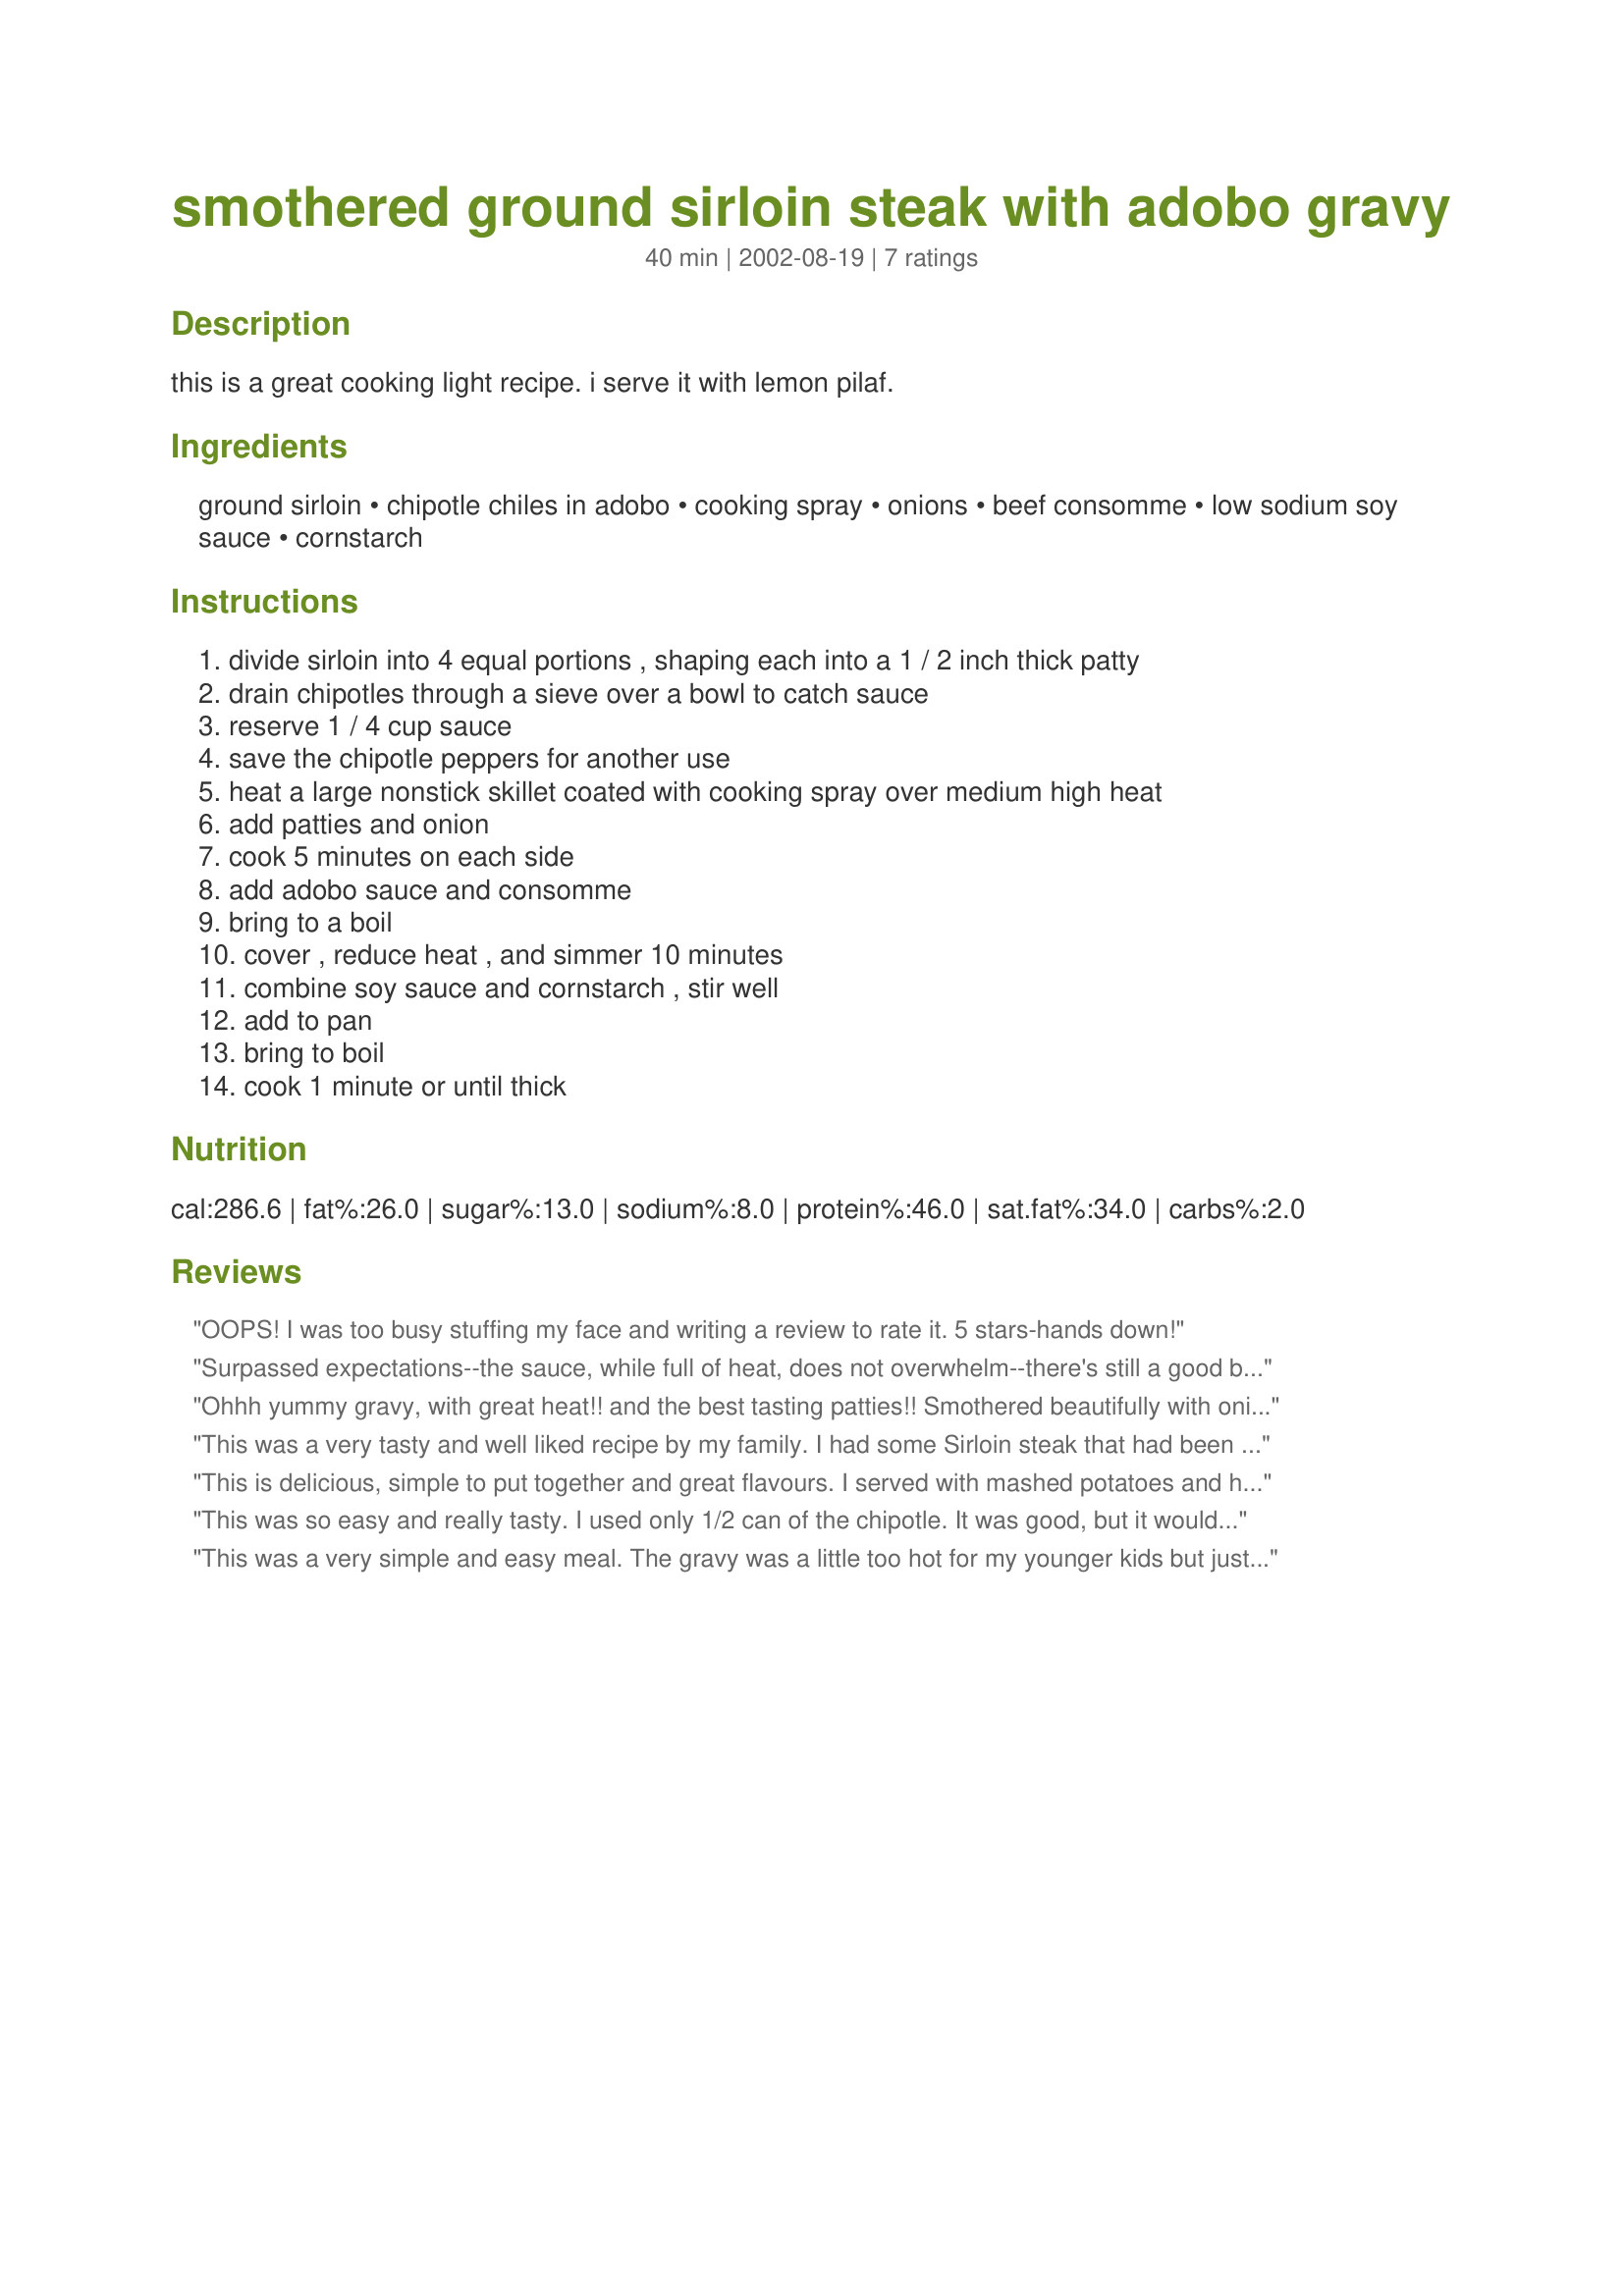
smothered ground sirloin steak with adobo gravy
Preparation time: 40 minutes

this is a great cooking light recipe. i serve it with lemon pilaf.

Ingredients:
ground sirloin, chipotle chiles in adobo, cooking spray, onions, beef consomme, low sodium soy sauce, cornstarch

Steps:
divide sirloin into 4 equal portions , shaping each into a 1 / 2 inch thick patty
drain chipotles through a sieve over a bowl to catch sauce
reserve 1 / 4 cup sauce
save the chipotle peppers for another use
heat a large nonstick skillet coated with cooking spray over medium high heat
add patties and onion
cook 5 minutes on each side
add adobo sauce and consomme
bring to a boil
cover , reduce heat , and simmer 10 minutes
combine soy sauce and cornstarch , stir well
add to pan
bring to boil
cook 1 minute or until thick

Reviews:
OOPS! I was too busy stuffing my face and writing a review to rate it. 5 stars-hands down!
Surpassed expectations--the sauce, while full of heat, does not overwhelm--there's still a good beef flavor. The onions which get slightly carmelized in the first part of the cooking add a sweetness and mellowness to the sauce. I served this with CookGirl's Yellow Rice #139985--a lovely meal. My only change--I cooked the meat less in the first part--so that it was still medium (a little pink) in the center and used chicken stock (what I had on hand) in the suace which was great.
Ohhh yummy gravy, with great heat!! and the best tasting patties!! Smothered beautifully with onions, followed the recipe exactly and DH said "Oh man this is good!" We will be making this often, wonderful flavours, thanks for sharing.
This was a very tasty and well liked recipe by my family. I had some Sirloin steak that had been in the freezer for a long time and I was afraid it would be tough. I simply defrosted and then using my food processor, ground it up with some shallot and Adobo seasoning and made the steaks. It was absolutely tender, juicy and delicious.
This is delicious, simple to put together and great flavours. I served with mashed potatoes and had lots of onion 'gravy' to serve over meat and potatoes. What a tasty meal, thanks for sharing.
This was so easy and really tasty. I used only 1/2 can of the chipotle. It was good, but it would have been better if I had used it all, as written. Next time I won't chicken out! Thanks for posting.
This was a very simple and easy meal. The gravy was a little too hot for my younger kids but just right for the teens and adults. Perfect as a no-fuss weeknight meal. Thanks, PanNan. .
